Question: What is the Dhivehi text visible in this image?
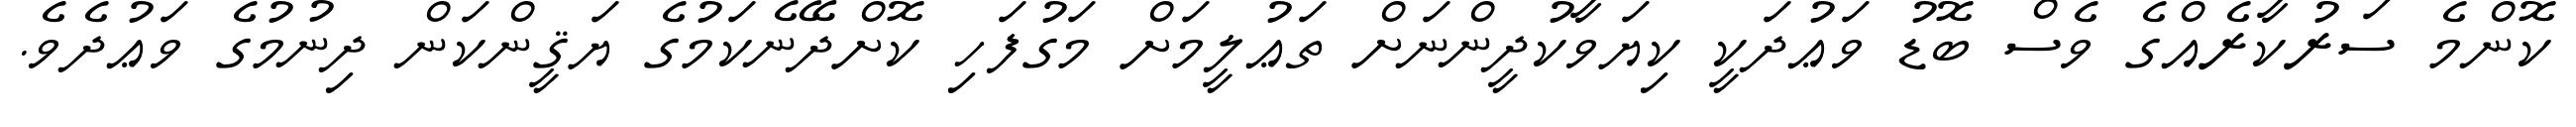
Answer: ކޮންމެ ސަރުކާރެއްގެ ވެސް ބޮޑު ވަޢުދަކީ ކިޔަވާކުދީންނަށް ތަޢުލީމަށް މަގުފަހި ކޮށްދޭނެކަމުގެ ޔަޤީންކަން ދިނުމުގެ ވަޢުދެވެ.